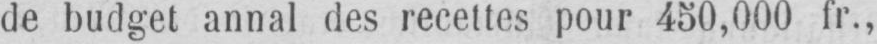
de budget annal des recettes pour 450,000 fr.,